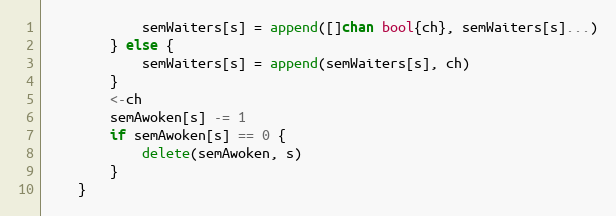
Language: Go
			semWaiters[s] = append([]chan bool{ch}, semWaiters[s]...)
		} else {
			semWaiters[s] = append(semWaiters[s], ch)
		}
		<-ch
		semAwoken[s] -= 1
		if semAwoken[s] == 0 {
			delete(semAwoken, s)
		}
	}